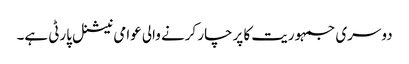
دوسری جمہوریت کا پرچار کرنے والی عوامی نیشنل پارٹی ہے۔